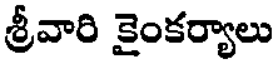
శ్రీవారి కైంకర్యాలు